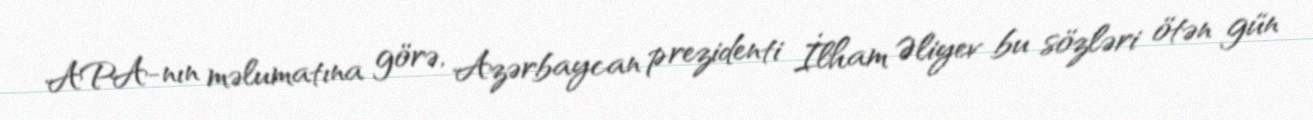
APA-nın məlumatına görə, Azərbaycan prezidenti İlham Əliyev bu sözləri ötən gün